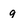
Character: 9